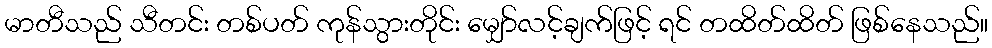
မာတီသည် သီတင်း တစ်ပတ် ကုန်သွားတိုင်း မျှော်လင့်ချက်ဖြင့် ရင် တထိတ်ထိတ် ဖြစ်နေသည်။